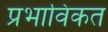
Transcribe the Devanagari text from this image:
प्रभाविकत